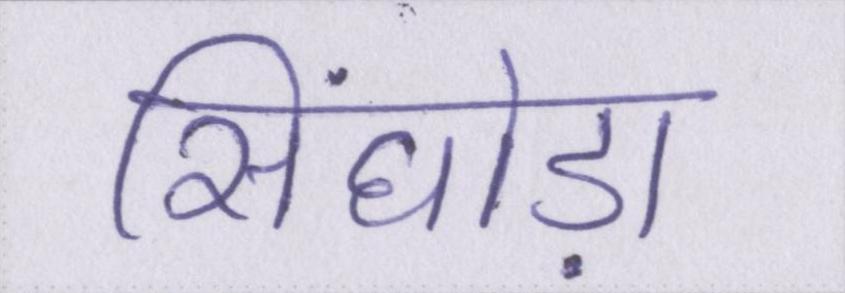
सिंघोड़ा